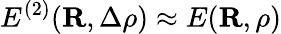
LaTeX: E^{(2)}({\mathbf R},\Delta\rho)\approx E({\mathbf R},\rho)